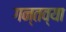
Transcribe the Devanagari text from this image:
गन्तव्या